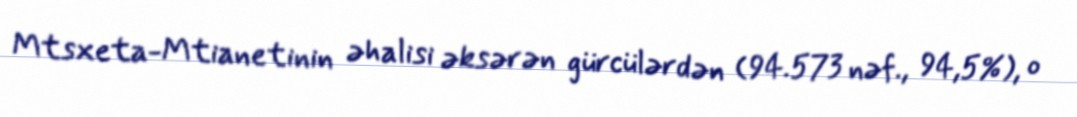
Mtsxeta-Mtianetinin əhalisi əksərən gürcülərdən (94.573 nəf., 94,5%), o